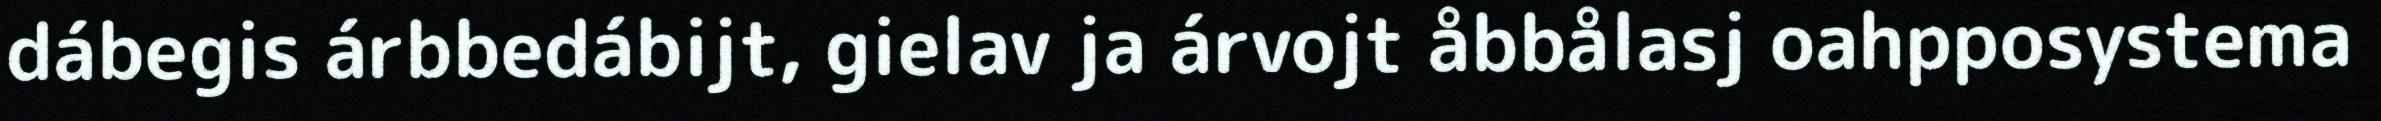
dábegis árbbedábijt, gielav ja árvojt åbbålasj oahpposystema